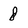
Character: 8